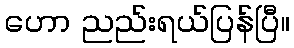
ဟော ညည်းရယ်ပြန်ပြီ။